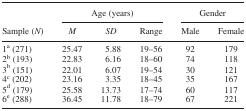
| <ROWSPAN=2> Sample (N) | <COLSPAN=3> Age (years) | <COLSPAN=2> Gender |
 | M | SD | Range | Male | Female |
 | --- | --- | --- | --- | --- | --- |
 | 1a (271) | 25.47 | 5.88 | 19–56 | 92 | 179 |
 | 2b (193) | 22.83 | 6.16 | 18–60 | 74 | 118 |
 | 3b (151) | 22.01 | 6.07 | 19–54 | 30 | 121 |
 | 4c (202) | 23.16 | 3.35 | 18–45 | 35 | 167 |
 | 5d (179) | 25.58 | 13.73 | 17–74 | 60 | 117 |
 | 6e (288) | 36.45 | 11.78 | 18–79 | 67 | 221 |